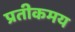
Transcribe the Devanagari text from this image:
प्रतीकमय